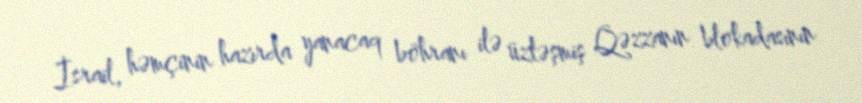
İsrail, həmçinin hazırda yanacaq böhranı ilə üzləşmiş Qəzzanın blokadasının